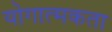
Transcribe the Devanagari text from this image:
योगात्मकता